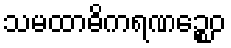
သမထာဓိကရဏဉ္စေဝ